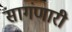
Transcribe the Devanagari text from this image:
सागंणारी